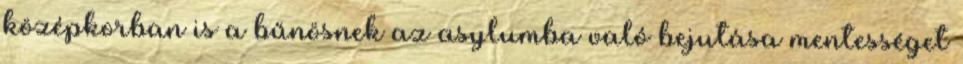
középkorban is a bűnösnek az asylumba való bejutása mentességet